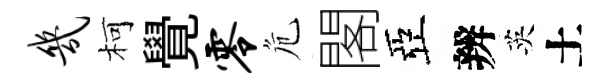
几柯覺零危閣亞辨英土